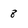
Character: 8